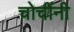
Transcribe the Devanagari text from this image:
चोचींनी